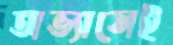
অভ্যাসেই